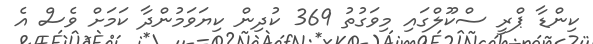
ކިންޑާ ޕްރީ ސްކޫލްގައި މިވަގުތު 369 ކުދިން ކިޔަވަމުންދާ ކަމަށް ވެސް އެ